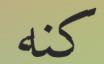
كنه